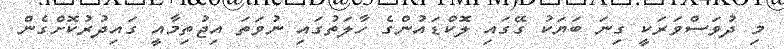
މި ދުވަސްވަރަކީ ގިނަ ބަޔަކު ގޭގައި ލޮކްޑައުންގެ ހާލަތުގައި ނުވަތަ އިޖުތިމާއީ ގައިދުރުކޮށްގެން